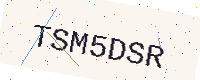
Text: TSM5DSR